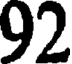
92